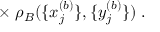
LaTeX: \times \; \rho _ { B } ( \{ x _ { j } ^ { ( b ) } \} , \{ y _ { j } ^ { ( b ) } \} ) \; .